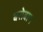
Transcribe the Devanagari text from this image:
बरोबाग